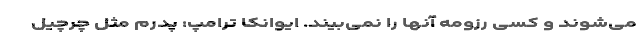
می‌شوند و کسی رزومه آنها را نمی‌بیند. ایوانکا ترامپ: پدرم مثل چرچیل